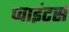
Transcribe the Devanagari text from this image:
प्वाइंटर्स